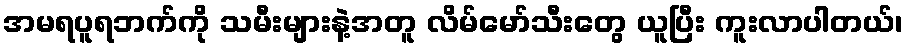
အမရပူရဘက်ကို သမီးများနဲ့အတူ လိမ်မော်သီးတွေ ယူပြီး ကူးလာပါတယ်၊